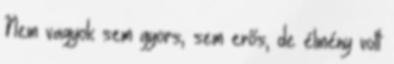
Nem vagyok sem gyors, sem erős, de élmény volt